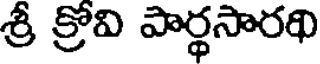
శ్రీ క్రోవి పార్థసారథి